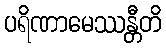
ပရိဏာမေဿန္တီတိ